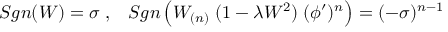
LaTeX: S g n ( W ) = \sigma \; , \; \; \; S g n \left( W _ { ( n ) } \; ( 1 - \lambda W ^ { 2 } ) \; ( \phi ^ { \prime } ) ^ { n } \right) = ( - \sigma ) ^ { n - 1 }